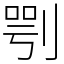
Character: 㓵